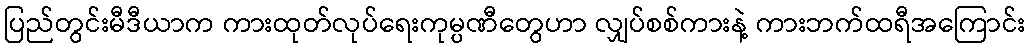
ပြည်တွင်းမီဒီယာက ကားထုတ်လုပ်ရေးကုမ္ပဏီတွေဟာ လျှပ်စစ်ကားနဲ့ ကားဘက်ထရီအကြောင်း